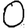
Digit: 0